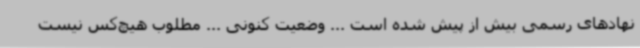
نهادهای رسمی بیش از پیش شده است ... وضعیت کنونی ... مطلوب هیچ‌کس نیست